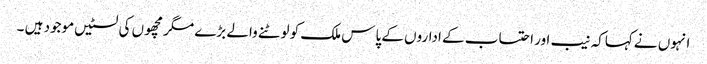
انہوں نے کہاکہ نیب اور احتساب کے اداروں کے پاس ملک کو لوٹنے والے بڑے مگر مچھوں کی لسٹیں موجود ہیں ۔